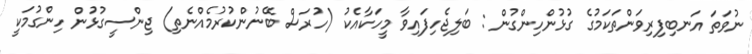
ނުވަތަ އަނބިފިރިވަންތަކަމުގެ ގުޅުންހިންގުން : ބަލިޖެހިފައިވާ މީހަކާއެކު (ހުރަސް ބޭނުންކުރުމެއްނެތި) ޖިންސީގުޅުން ހިންގުމަކީ